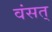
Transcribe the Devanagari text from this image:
वंसत्‌